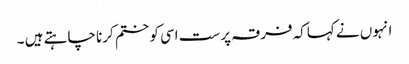
انہوں نے کہاکہ فرقہ پرست اسی کو ختم کرنا چاہتے ہیں ۔